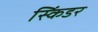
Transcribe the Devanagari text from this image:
स्किंडर